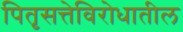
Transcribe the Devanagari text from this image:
पितृसत्तेविरोधातील